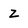
Character: Z